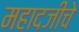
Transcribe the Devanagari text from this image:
महादजीचे